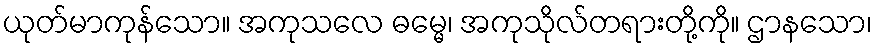
ယုတ်မာကုန်သော။ အကုသလေ ဓမ္မေ၊ အကုသိုလ်တရားတို့ကို။ ဌာနသော၊